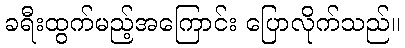
ခရီးထွက်မည့်အကြောင်း ပြောလိုက်သည်။